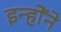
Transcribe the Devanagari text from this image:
इन्होेंने